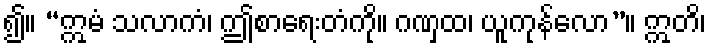
၍။ “ဣမံ သလာကံ၊ ဤစာရေးတံကို။ ဂဏှထ၊ ယူကုန်လော”။ ဣတိ၊